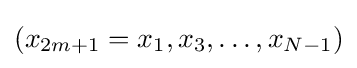
(x_{2m+1}=x_{1},x_{3},\ldots ,x_{N-1})